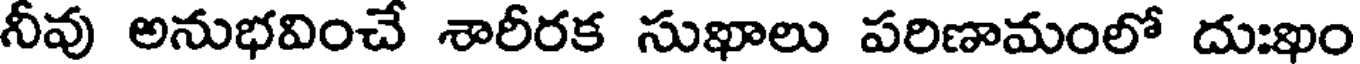
నీవు అనుభవించే శారీరక సుఖాలు పరిణామంలో దుఃఖం